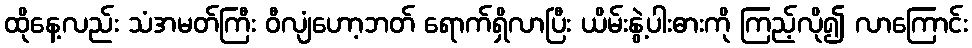
ထိုနေ့လည်း သံအမတ်ကြီး ဝီလျံဟော့ဘတ် ရောက်ရှိလာပြီး ယိမ်းနွဲ့ပါးဓားကို ကြည့်လို၍ လာကြောင်း